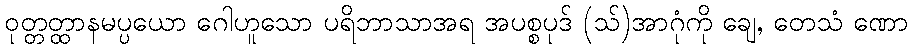
ဝုတ္တတ္ထာနမပ္ပယော ဂေါဟူသော ပရိဘာသာအရ အပစ္စပုဒ် (သ်)အာဂုံကို ချေ, တေသံ ဏော